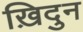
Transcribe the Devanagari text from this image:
ख़िदुन